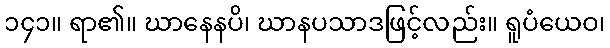
၁၄၁။ ရာ၏။ ဃာနေနပိ၊ ဃာနပသာဒဖြင့်လည်း။ ရူပံယေဝ၊